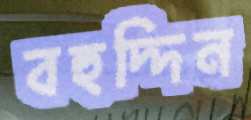
বহুদ্দিন